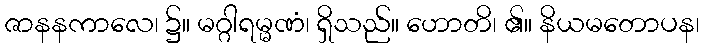
ဇာနနကာလေ၊ ၌။ မဂ္ဂါရမ္မဏံ၊ ရှိသည်။ ဟောတိ၊ ၏။ နိယမတောပန၊